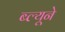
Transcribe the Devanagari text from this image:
ब्ल्यूने